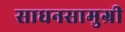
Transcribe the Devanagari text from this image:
साधनसामुग्री